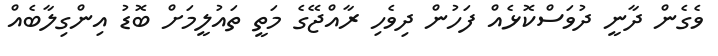
ވެގެން ދާނީ ދުވަސްކޮޅެއް ފަހުން ދިވެހި ރާއްޖޭގެ މަތީ ތައުލީމަށް ބޮޑު އިންގިލާބެއް